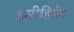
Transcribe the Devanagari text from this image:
इमीडियेट